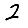
Digit: 2